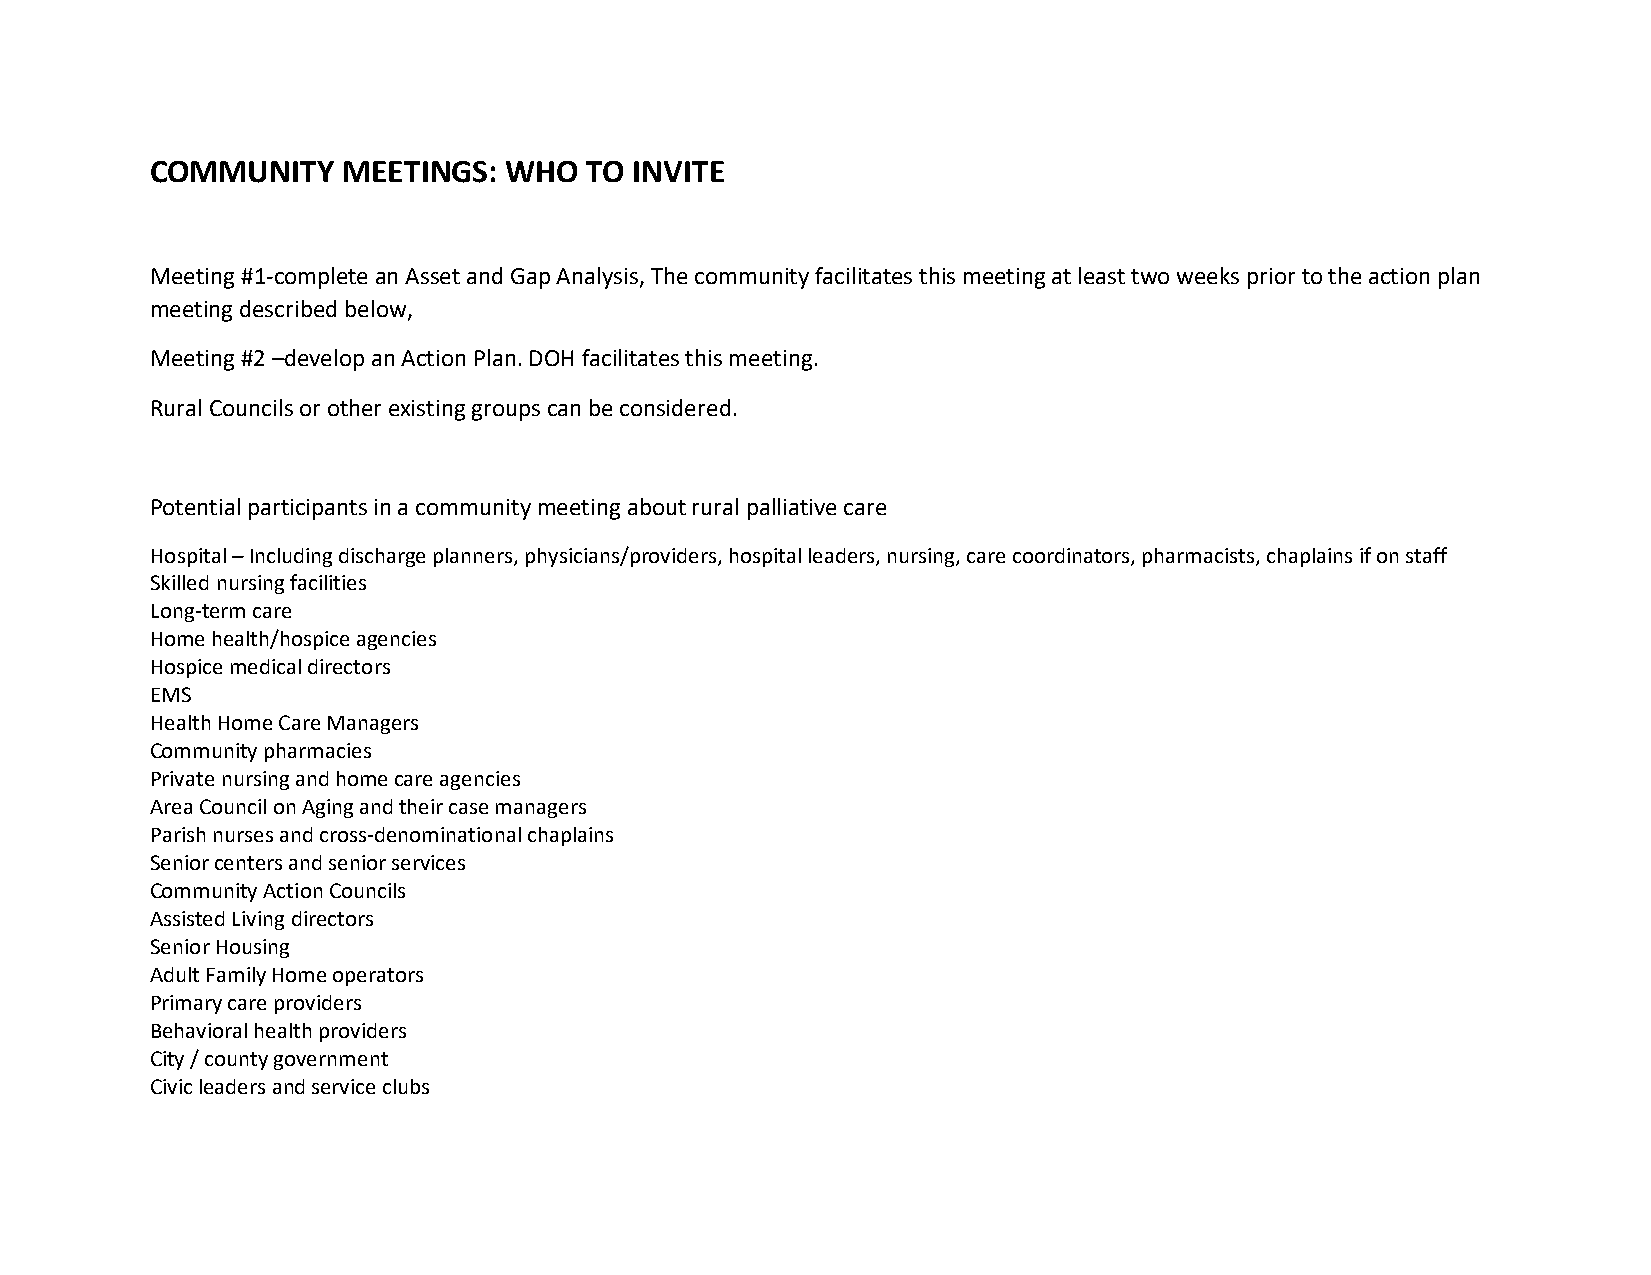
COMMUNITY    MEETINGS: WHO   TO INVITE
 Meeting #1-complete an Asset and Gap Analysis, The community facilitates this meeting at least two weeks prior to the action plan
 meeting described below,
 Meeting #2 –develop an Action Plan. DOH facilitates this meeting.
 Rural Councils or other existing groups can be considered.
 Potential participants in a community meeting about rural palliative care
 Hospital – Including discharge planners, physicians/providers, hospital leaders, nursing, care coordinators, pharmacists, chaplains if on staff
 Skilled nursing facilities
 Long-term care
 Home health/hospice agencies
 Hospice medical directors
 EMS
 Health Home Care Managers
 Community pharmacies
 Private nursing and home care agencies
 Area Council on Aging and their case managers
 Parish nurses and cross-denominational chaplains
 Senior centers and senior services
 Community Action Councils
 Assisted Living directors
 Senior Housing
 Adult Family Home operators
 Primary care providers
 Behavioral health providers
 City / county government
 Civic leaders and service clubs